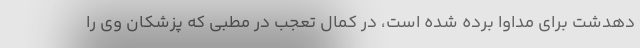
دهدشت برای مداوا برده شده است، در کمال تعجب در مطبی که پزشکان وی را